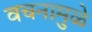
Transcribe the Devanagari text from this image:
वचनामुळे